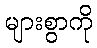
များစွာကို